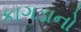
કાગડાનો